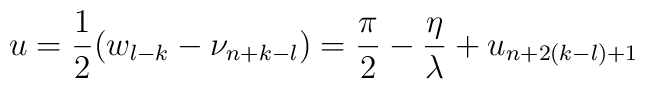
u=\frac{1}{2}(w_{l-k}-\nu _{n+k-l})=\frac{\pi }{2}-\frac{\eta }{\lambda }+u_{n+2(k-l)+1}